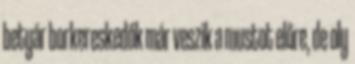
betyár borkereskedők már veszik a mustot előre, de oly